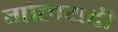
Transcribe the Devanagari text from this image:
गोलयटी